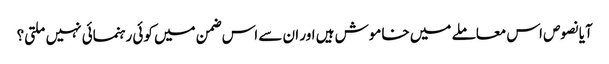
آیا نصوص اس معاملے میں خاموش ہیں اور ان سے اس ضمن میں کوئی رہنمائی نہیں ملتی؟